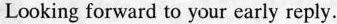
Looking forward to your early reply.